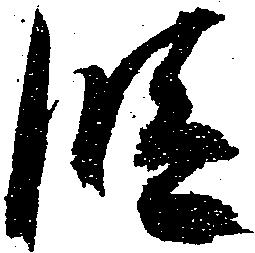
段